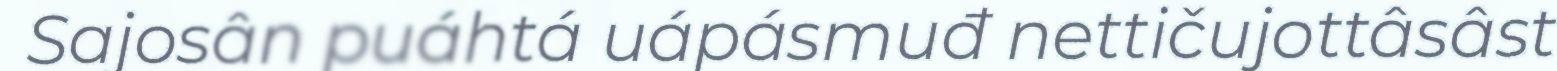
Sajosân puáhtá uápásmuđ nettičujottâsâst